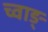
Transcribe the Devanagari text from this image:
च्वाङ्